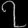
Digit: ၇